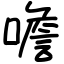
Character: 噡